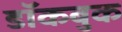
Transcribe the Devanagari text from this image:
डॉकबुक